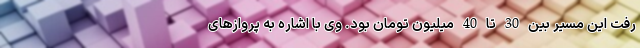
رفت این مسیر بین 30 تا 40 میلیون تومان بود. وی با اشاره به پروازهای